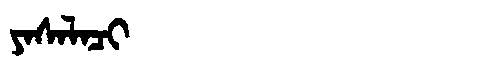
Manchu: ᠶᠠᠰᠠᠯᠠᠴᡳ
Romanization: YASALACI